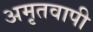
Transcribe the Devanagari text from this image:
अमृतवापी